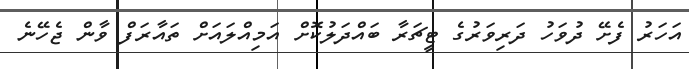
އަހަރު ފެށޭ ދުވަހު ދަރިވަރުގެ ޓީޗަރާ ބައްދަލުކޮށް އަމިއްލައަށް ތައާރަފް ވާން ޖެހޭނެ